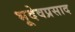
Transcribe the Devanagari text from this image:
भूदेवप्रसाद